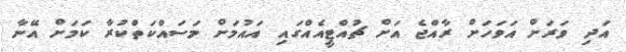
އަދި ވަރަށް އަވަހަށް ރާއްޖެ އަށް ޗުއްޓީއެއްގައި އައުމަށް މަސައްކަތްކުރާ ކަމަށް އޭނާ